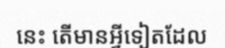
នេះ តើមានអ្វីទៀតដែល